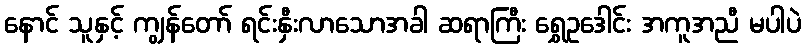
နောင် သူနှင့် ကျွန်တော် ရင်းနှီးလာသောအခါ ဆရာကြီး ရွှေဥဒေါင်း အကူအညီ မပါပဲ